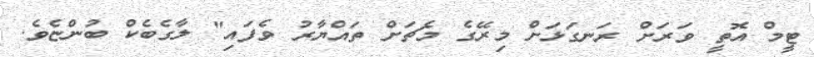
ޓީމް އޮތީ ވަރަށް ރަނގަޅަށް މިރޭގެ މެޗަށް ތައްޔާރު ވެފައި" ލާގެބެކް ބުންޏެވެ.